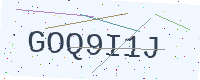
Text: GOQ9I1J